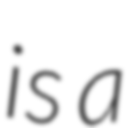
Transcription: is a